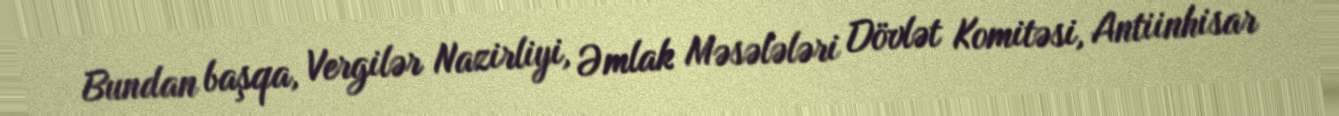
Bundan başqa, Vergilər Nazirliyi, Əmlak Məsələləri Dövlət Komitəsi, Antiinhisar